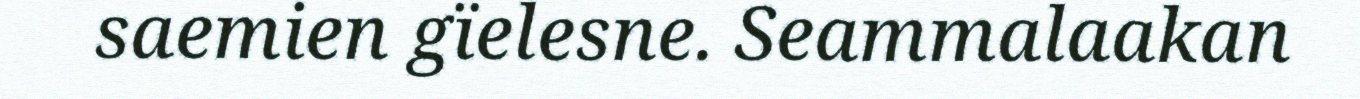
saemien gïelesne. Seammalaakan